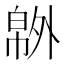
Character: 𰏝